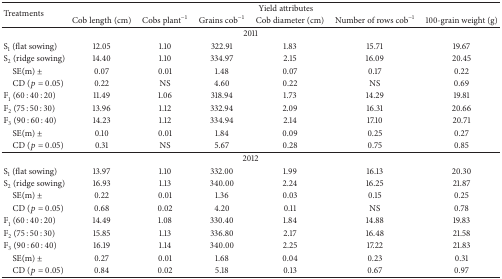
<table><thead><tr><td rowspan="2"><b>Treatments</b></td><td colspan="6"><b>Yield attributes</b></td></tr><tr><td><b>Cob length (cm)</b></td><td><b>Cobs plant<sup>−1</sup></b></td><td><b>Grains cob<sup>−1</sup></b></td><td><b>Cob diameter (cm)</b></td><td><b>Number of rows cob<sup>−1</sup></b></td><td><b>100-grain weight (g)</b></td></tr></thead><tbody><tr><td colspan="7">2011</td></tr><tr><td>S<sub>1</sub> (flat sowing)</td><td>12.05</td><td>1.10</td><td>322.91</td><td>1.83</td><td>15.71</td><td>19.67</td></tr><tr><td>S<sub>2</sub> (ridge sowing)</td><td>14.40</td><td>1.10</td><td>334.97</td><td>2.15</td><td>16.09</td><td>20.45</td></tr><tr><td> SE(m) ±</td><td>0.07</td><td>0.01</td><td>1.48</td><td>0.07</td><td>0.17</td><td>0.22</td></tr><tr><td> CD (<i>p</i> = 0.05)</td><td>0.22</td><td>NS</td><td>4.60</td><td>0.22</td><td>NS</td><td>0.69</td></tr><tr><td>F<sub>1</sub> (60 : 40 : 20)</td><td>11.49</td><td>1.06</td><td>318.94</td><td>1.73</td><td>14.29</td><td>19.81</td></tr><tr><td>F<sub>2</sub> (75 : 50 : 30)</td><td>13.96</td><td>1.12</td><td>332.94</td><td>2.09</td><td>16.31</td><td>20.66</td></tr><tr><td>F<sub>3</sub> (90 : 60 : 40)</td><td>14.23</td><td>1.12</td><td>334.94</td><td>2.14</td><td>17.10</td><td>20.71</td></tr><tr><td> SE(m) ±</td><td>0.10</td><td>0.01</td><td>1.84</td><td>0.09</td><td>0.25</td><td>0.27</td></tr><tr><td> CD (<i>p</i> = 0.05)</td><td>0.31</td><td>NS</td><td>5.67</td><td>0.28</td><td>0.75</td><td>0.85</td></tr><tr><td colspan="7">2012</td></tr><tr><td>S<sub>1</sub> (flat sowing)</td><td>13.97</td><td>1.10</td><td>332.00</td><td>1.99</td><td>16.13</td><td>20.30</td></tr><tr><td>S<sub>2</sub> (ridge sowing)</td><td>16.93</td><td>1.13</td><td>340.00</td><td>2.24</td><td>16.25</td><td>21.87</td></tr><tr><td> SE(m) ±</td><td>0.22</td><td>0.01</td><td>1.36</td><td>0.03</td><td>0.15</td><td>0.25</td></tr><tr><td> CD (<i>p</i> = 0.05)</td><td>0.68</td><td>0.02</td><td>4.20</td><td>0.11</td><td>NS</td><td>0.78</td></tr><tr><td>F<sub>1</sub> (60 : 40 : 20)</td><td>14.49</td><td>1.08</td><td>330.40</td><td>1.84</td><td>14.88</td><td>19.83</td></tr><tr><td>F<sub>2</sub> (75 : 50 : 30)</td><td>15.85</td><td>1.13</td><td>336.80</td><td>2.17</td><td>16.48</td><td>21.58</td></tr><tr><td>F<sub>3</sub> (90 : 60 : 40)</td><td>16.19</td><td>1.14</td><td>340.00</td><td>2.25</td><td>17.22</td><td>21.83</td></tr><tr><td> SE(m) ±</td><td>0.27</td><td>0.01</td><td>1.68</td><td>0.04</td><td>0.23</td><td>0.31</td></tr><tr><td> CD (<i>p</i> = 0.05)</td><td>0.84</td><td>0.02</td><td>5.18</td><td>0.13</td><td>0.67</td><td>0.97</td></tr></tbody></table>